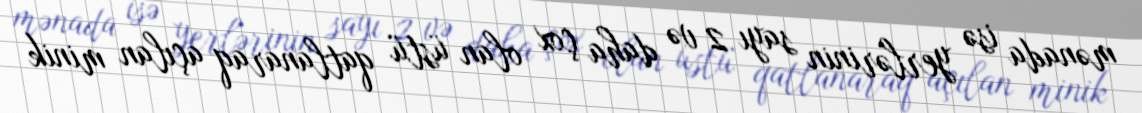
mənada isə yerlərinin sayı 2 və daha çox olan üstü qatlanaraq açılan minik